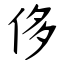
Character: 侈